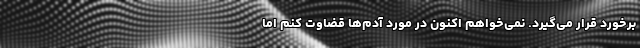
برخورد قرار می‌گیرد. نمی‌خواهم اکنون در مورد آدم‌ها قضاوت کنم اما